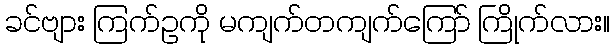
ခင်ဗျား ကြက်ဥကို မကျက်တကျက်ကြော် ကြိုက်လား။